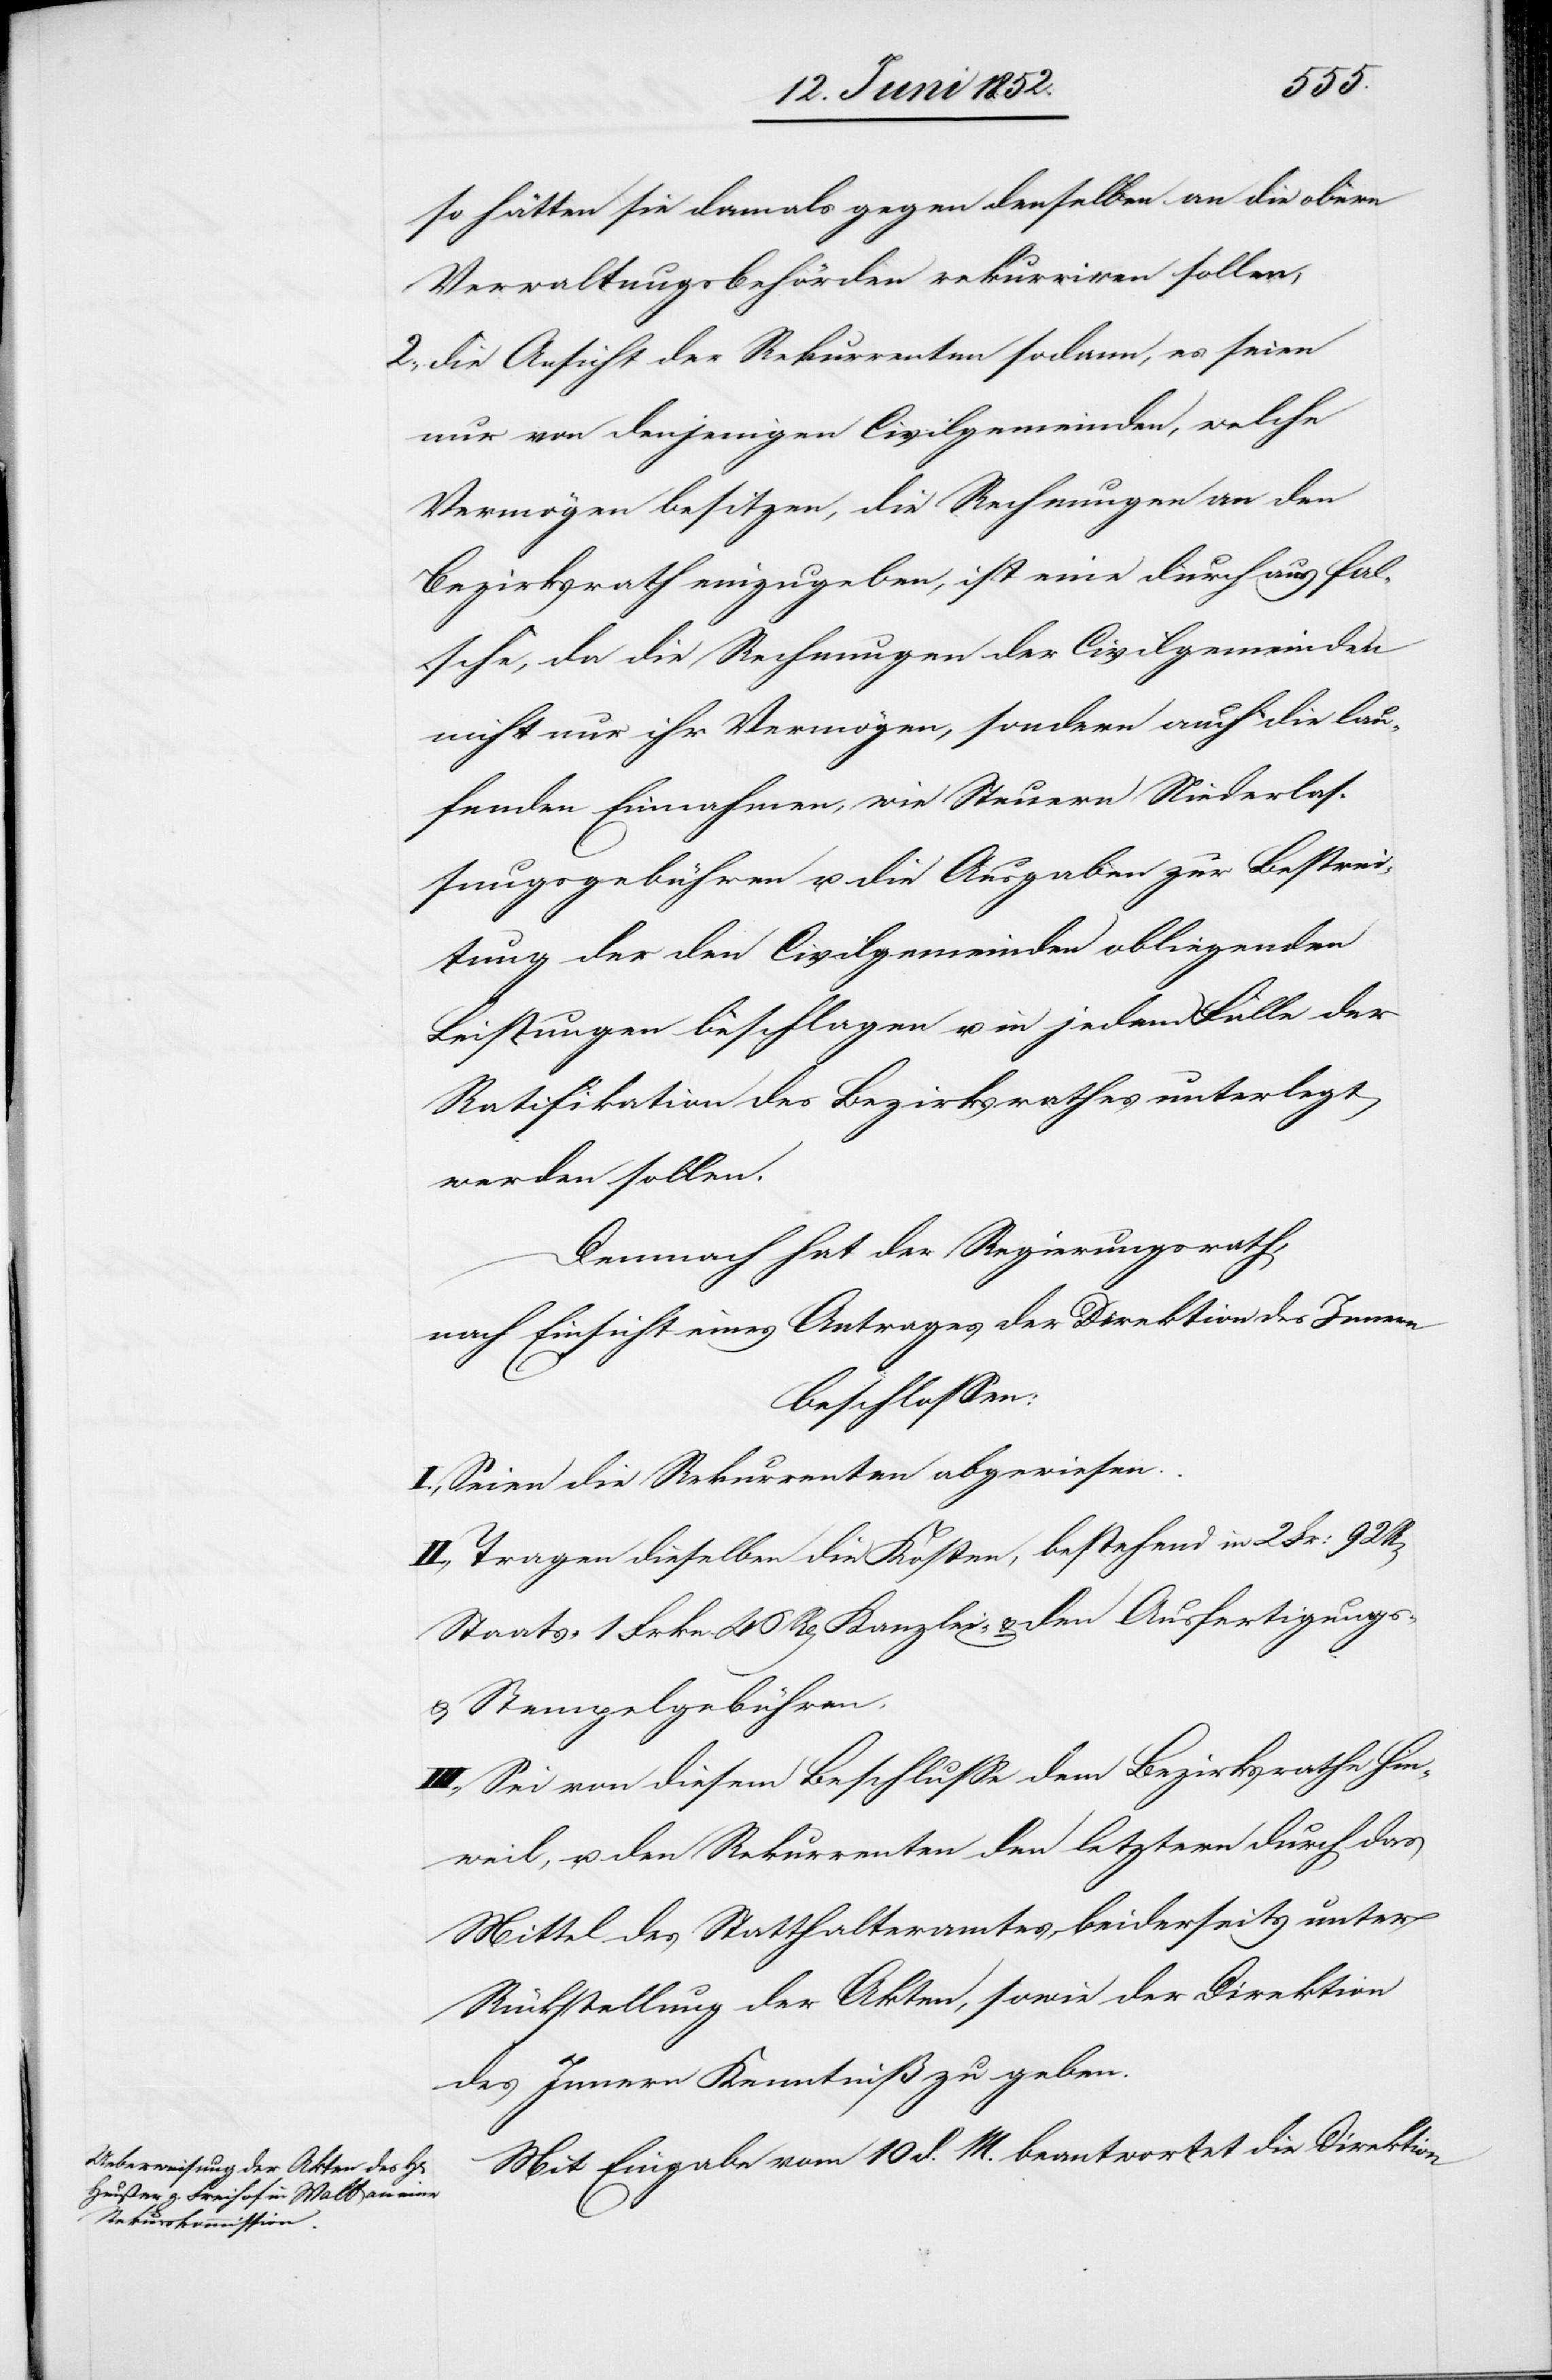
so hätten sie damals gegen denselben an die obern
Verwaltungsbehörden rekurriren sollen;
die Ansicht der Rekurrenten sodann, es seien
nur von denjenigen Civilgemeinden, welche
Vermögen besitzen, die Rechnungen an den
Bezirksrath einzugeben, ist eine durchaus fal¬
sche, da die Rechnungen der Civilgemeinden
nicht nur ihr Vermögen, sondern auch die lau¬
fenden Einnahmen, wie Steuern[,] Niederlas¬
sungsgebühren u. die Ausgaben zur Bestrei¬
tung der den Civilgemeinden obliegenden
Leistungen beschlagen u. in jedem Falle der
Ratifikation des Bezirksrathes unterlegt
werden sollen.
Demnach hat der Regierungsrath,
nach Einsicht eines Antrages der Direktion des Innern
beschlossen:
I., Seien die Rekurrenten abgewiesen.
II., Tragen dieselben die Kosten, bestehend in 2 Fr: 92
Staats-[,] 1 Frkn. 46 Rp[en] Kanzlei- & den Ausfertigungs-
& Stempelgebühren.
III., Sei von diesem Beschlusse dem Bezirksrathe Hin¬
weil, u. den Rekurrenten den letztern durch das
Mittel des Statthalteramtes, beiderseits unter
Rückstellung der Akten, sowie der Direktion
des Innern Kenntniß zu geben.
Mit Eingabe vom 10 d. M. beantwortet die Direktion